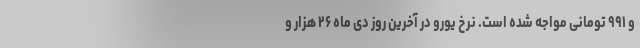
و ۹۹۱ تومانی مواجه شده است. نرخ یورو در آخرین روز دی ماه ۲۶ هزار و